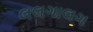
લલગાલગ